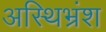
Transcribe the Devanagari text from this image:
अस्थिभ्रंश